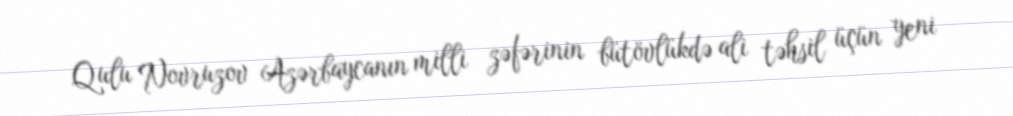
Qulu Novruzov Azərbaycanın milli zəfərinin bütövlükdə ali təhsil üçün yeni